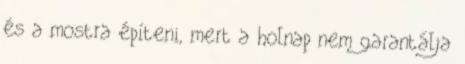
és a mostra építeni, mert a holnap nem garantálja